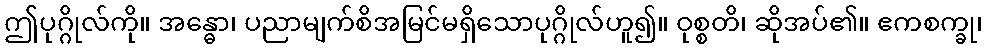
ဤပုဂ္ဂိုလ်ကို။ အန္ဓော၊ ပညာမျက်စိအမြင်မရှိသောပုဂ္ဂိုလ်ဟူ၍။ ဝုစ္စတိ၊ ဆိုအပ်၏။ ဧကစက္ခု၊